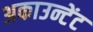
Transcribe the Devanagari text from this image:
अकाउन्टेंट